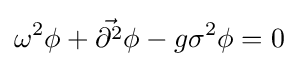
\omega ^{2}\phi +{\vec {\partial ^{2}}}\phi -g\sigma ^{2}\phi =0